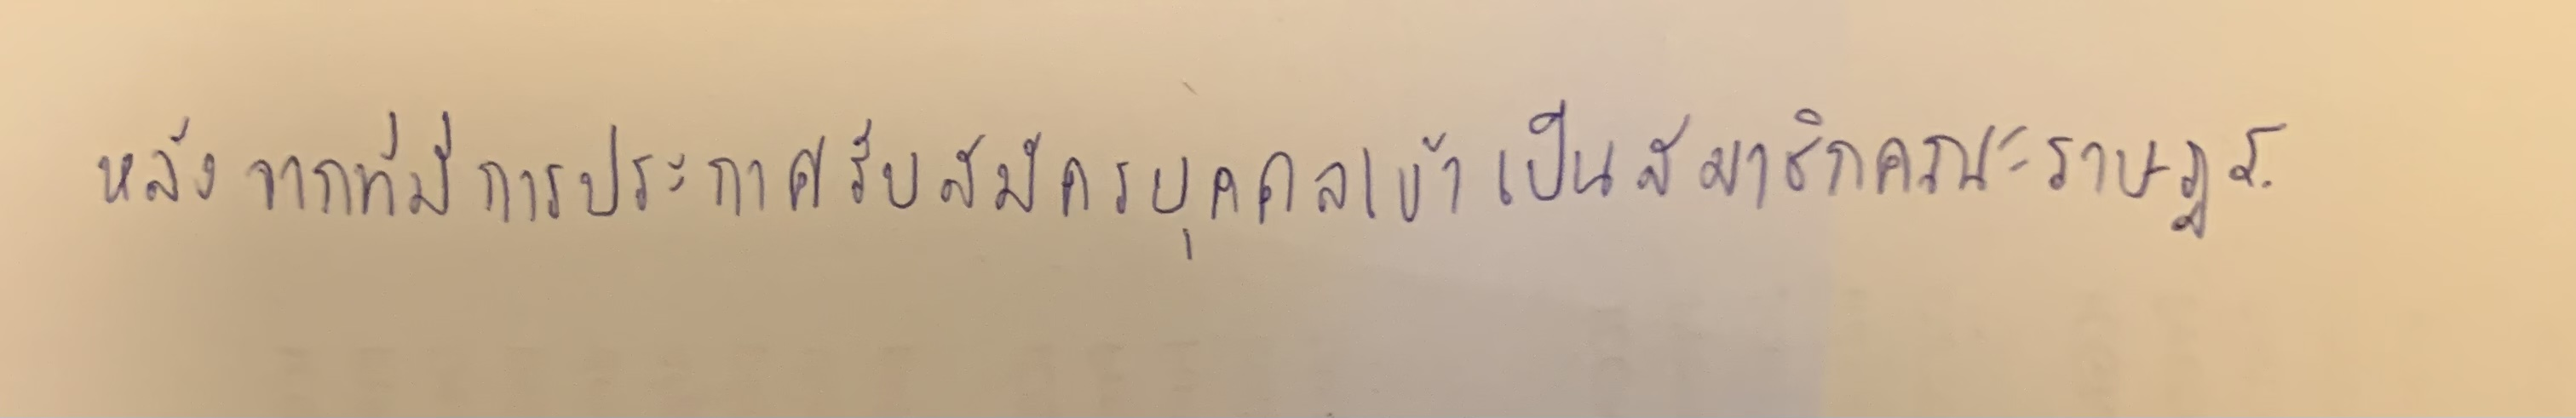
หลังจากที่มีการประกาศรับสมัครบุคคลเข้าเป็นสมาชิกคณะราษฎร.